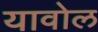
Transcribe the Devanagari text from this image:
यावोल